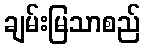
ချမ်းမြသာစည်